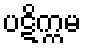
ပဋိက္ကမ